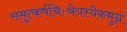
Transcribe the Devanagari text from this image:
समुत्कर्षनिःश्रेयस्यैकमुग्रं